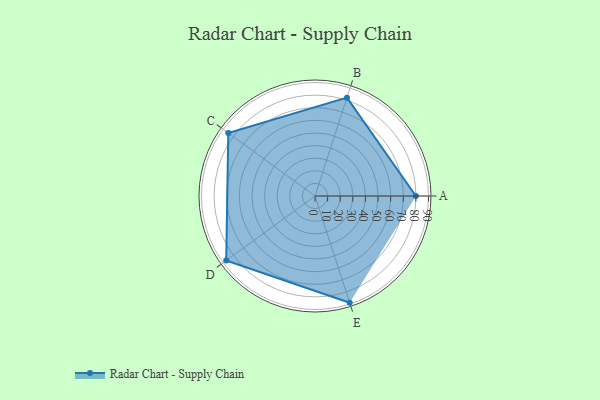
{"axis": {"x": "Skill", "y": "Score"}, "legend": ["Profile"], "data": [{"x": "A", "y": 80.0, "type": "Profile"}, {"x": "B", "y": 82.0, "type": "Profile"}, {"x": "C", "y": 85.0, "type": "Profile"}, {"x": "D", "y": 87.0, "type": "Profile"}, {"x": "E", "y": 89.0, "type": "Profile"}]}